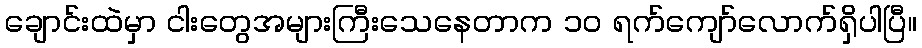
ချောင်းထဲမှာ ငါးတွေအများကြီးသေနေတာက ၁၀ ရက်ကျော်လောက်ရှိပါပြီ။